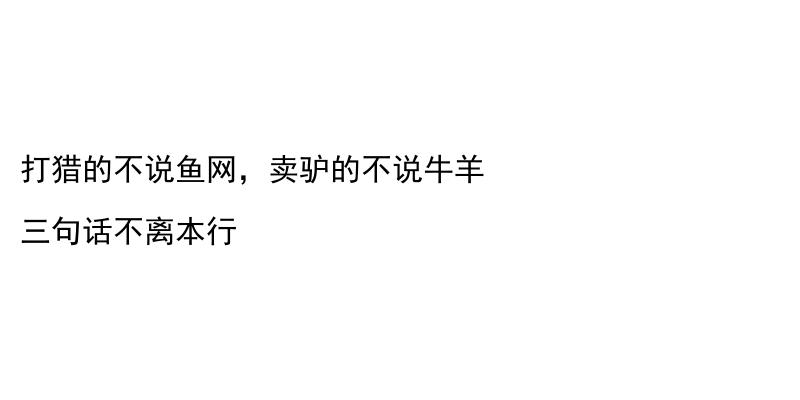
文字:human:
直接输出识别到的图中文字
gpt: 打猎的不说鱼网，卖驴的不说牛羊 三句话不离本行